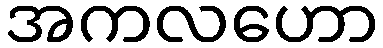
အကလဟော